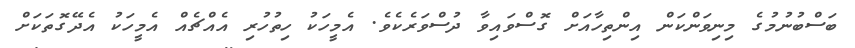
ބަސްބުނުމުގެ މިނިވަންކަން އިންތިހާއަށް ގޮސްވައިވާ ދުސްވަރެކެވެ. އެމީހަކު ހިތުހުރި އެއްޗެއް އެމީހަކު އެދޭގޮތަކަށް